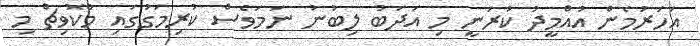
އަހަރުމެން އުއްމީދު ކުރަނީ މި އަދަބު ލިބުނު ނަމަވެސް ކުރިމަގުގައި މާކޮވިޗް މި